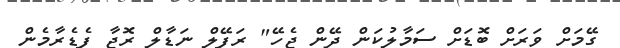
ގޭމަށް ވަރަށް ބޮޑަށް ސަމާލުކަން ދޭން ޖެހޭ" ރަފޭލް ނަޑާލް ރޮޖާ ފެޑެރާމެން